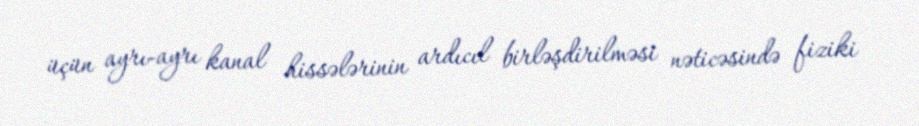
üçün ayrı-ayrı kanal hissələrinin ardıcıl birləşdirilməsi nəticəsində fiziki